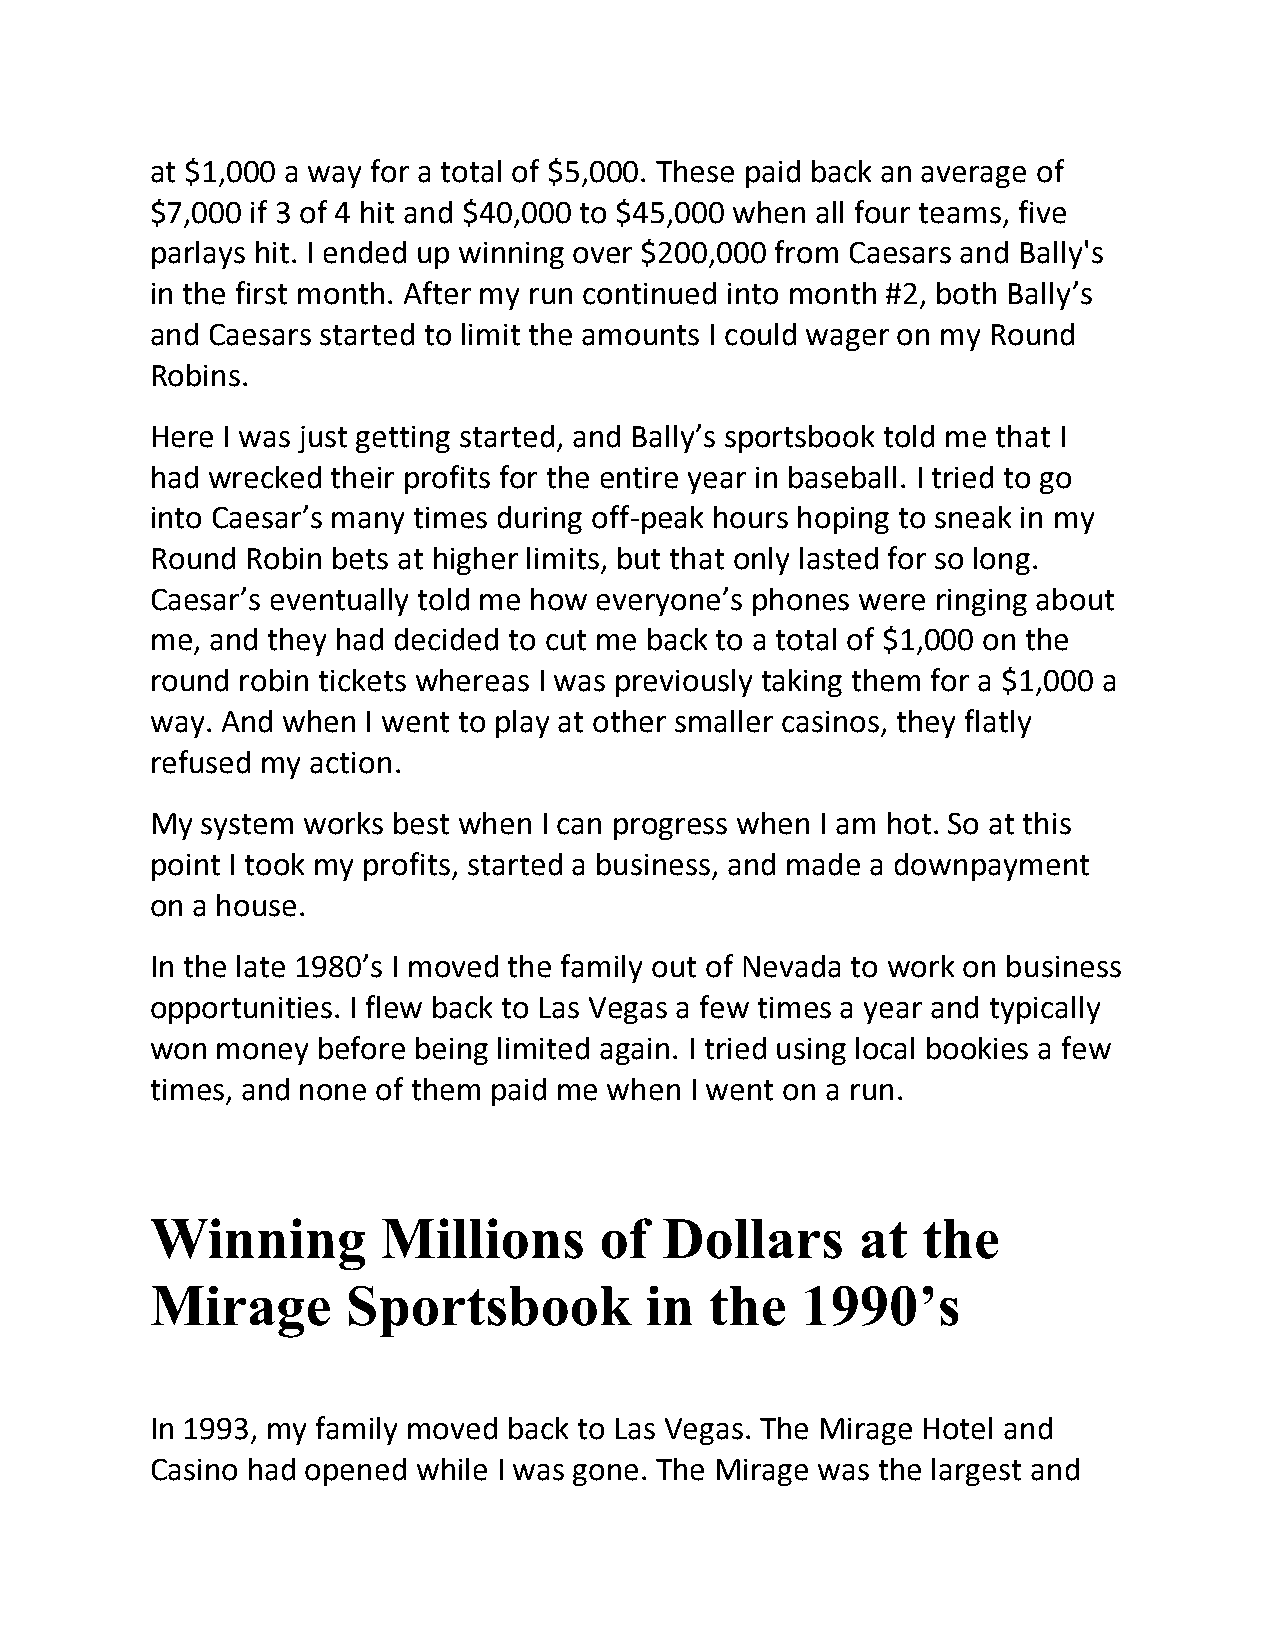
at $1,000 a way for a total of $5,000. These paid back an average of
 $7,000 if 3 of 4 hit and $40,000 to $45,000 when all four teams, five
 parlays hit. I ended up winning over $200,000 from Caesars and Bally's
 in the first month. After my run continued into month #2, both Bally’s
 and Caesars started to limit the amounts I could wager on my Round
 Robins.
 Here I was just getting started, and Bally’s sportsbook told me that I
 had wrecked their profits for the entire year in baseball. I tried to go
 into Caesar’s many times during off-peak hours hoping to sneak in my
 Round Robin bets at higher limits, but that only lasted for so long.
 Caesar’s eventually told me how everyone’s phones were ringing about
 me, and they had decided to cut me back to a total of $1,000 on the
 round robin tickets whereas I was previously taking them for a $1,000 a
 way. And when I went to play at other smaller casinos, they flatly
 refused my action.
 My system works best when I can progress when I am hot. So at this
 point I took my profits, started a business, and made a downpayment
 on a house.
 In the late 1980’s I moved the family out of Nevada to work on business
 opportunities. I flew back to Las Vegas a few times a year and typically
 won money  before being limited again. I tried using local bookies a few
 times, and none of them paid me when I went on a run.
 Winning        Millions       of  Dollars      at  the
 Mirage       Sportsbook          in  the   1990’s
 In 1993, my family moved back to Las Vegas. The Mirage Hotel and
 Casino had opened while I was gone. The Mirage was the largest and